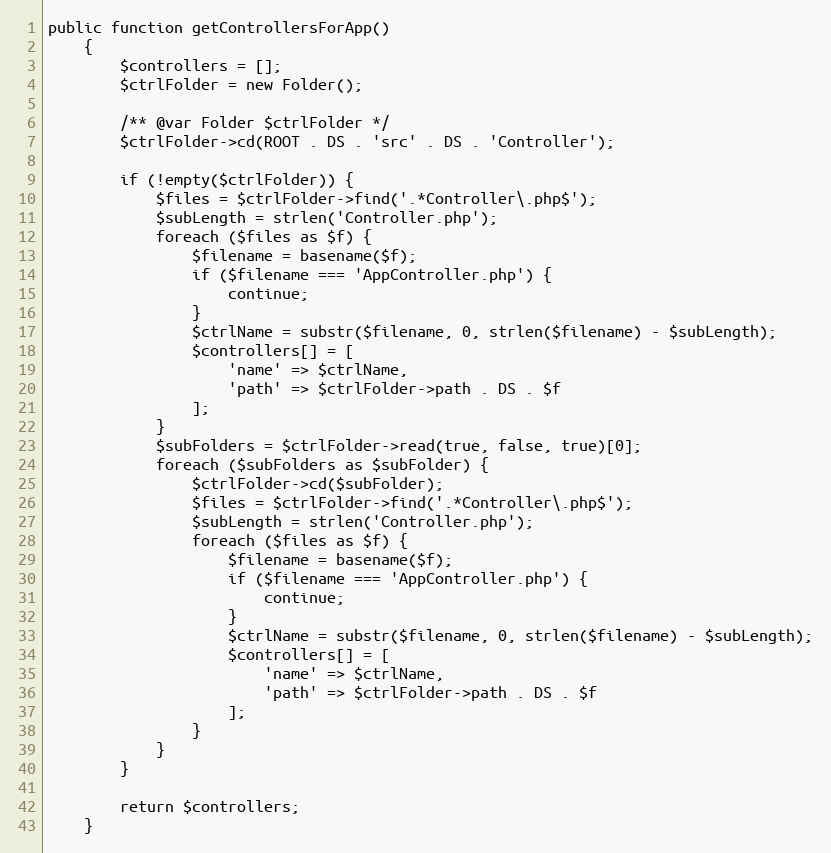
Language: PHP
public function getControllersForApp()
    {
        $controllers = [];
        $ctrlFolder = new Folder();

        /** @var Folder $ctrlFolder */
        $ctrlFolder->cd(ROOT . DS . 'src' . DS . 'Controller');

        if (!empty($ctrlFolder)) {
            $files = $ctrlFolder->find('.*Controller\.php$');
            $subLength = strlen('Controller.php');
            foreach ($files as $f) {
                $filename = basename($f);
                if ($filename === 'AppController.php') {
                    continue;
                }
                $ctrlName = substr($filename, 0, strlen($filename) - $subLength);
                $controllers[] = [
                    'name' => $ctrlName,
                    'path' => $ctrlFolder->path . DS . $f
                ];
            }
            $subFolders = $ctrlFolder->read(true, false, true)[0];
            foreach ($subFolders as $subFolder) {
                $ctrlFolder->cd($subFolder);
                $files = $ctrlFolder->find('.*Controller\.php$');
                $subLength = strlen('Controller.php');
                foreach ($files as $f) {
                    $filename = basename($f);
                    if ($filename === 'AppController.php') {
                        continue;
                    }
                    $ctrlName = substr($filename, 0, strlen($filename) - $subLength);
                    $controllers[] = [
                        'name' => $ctrlName,
                        'path' => $ctrlFolder->path . DS . $f
                    ];
                }
            }
        }

        return $controllers;
    }